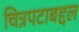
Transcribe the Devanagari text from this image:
चित्रपटाबद्दल